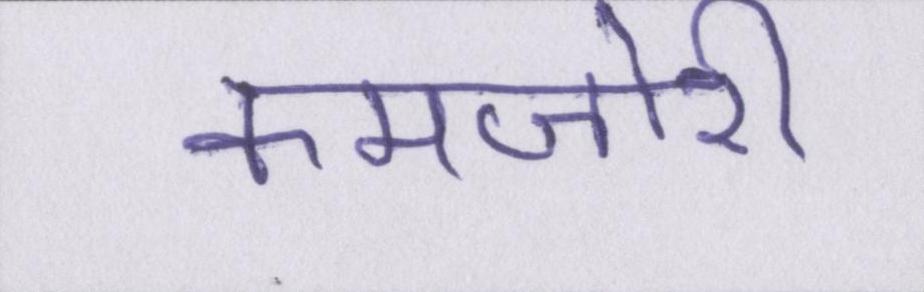
कमजोरी